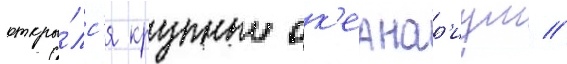
откры́лс'я крупныи ок'еанар'иум //